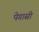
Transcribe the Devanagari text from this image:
पेगासी